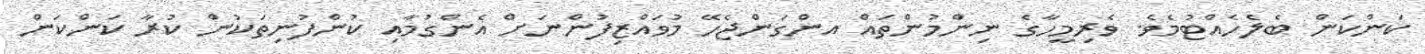
ކަންކަން ބެލެހެއްޓުމެވެ. ވެރިމީހާގެ ނިންމުންތައް އންގަންޖެހޭ މުވައްޒިފުންނަށް އެންގުމާއި ކުންފުނިތަކުން ކުރާ ކަންކަން